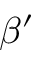
\beta ^ { \prime }